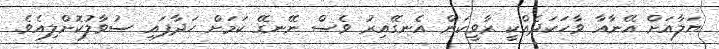
ޔަލާއަށް އޭނާއާ ވާހަކަދެއްކީ ރާވީކަން އެނގޭއިރު ވެސް ނޭނގޭ ކަމަށް ހަދާފައި ސުވާލުކޮށްލިއެވެ.